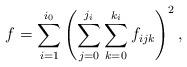
LaTeX: \begin{align*}f=\sum_{i=1}^{i_0} \left(\sum_{j=0}^{j_i}\sum_{k=0}^{k_i} f_{ijk} \right)^2,\end{align*}